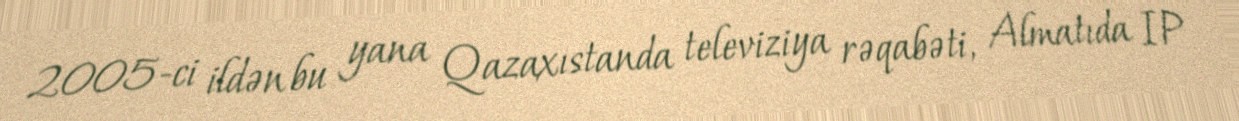
2005-ci ildən bu yana Qazaxıstanda televiziya rəqabəti, Almatıda IP